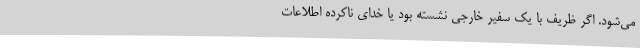
می‌شود. اگر ظریف با یک سفیر خارجی نشسته بود یا خدای ناکرده اطلاعات